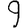
Digit: 9